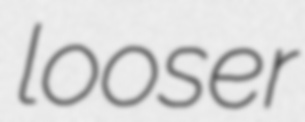
looser